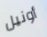
أونيل